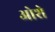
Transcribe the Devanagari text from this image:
ओशे